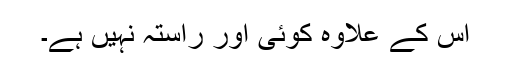
اس کے علاوہ کوئی اور راستہ نہیں ہے۔